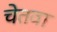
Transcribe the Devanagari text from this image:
चेतवा